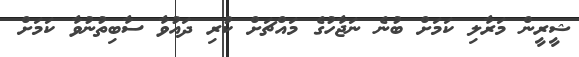
ޝީރީން މަރާލި ކަމަށް ބުނެ ނަޖާހުގެ މައްޗަށް ކުރި ދައުވާ ސާބިތުނުވާ ކަމަށް